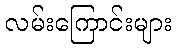
လမ်းကြောင်းများ